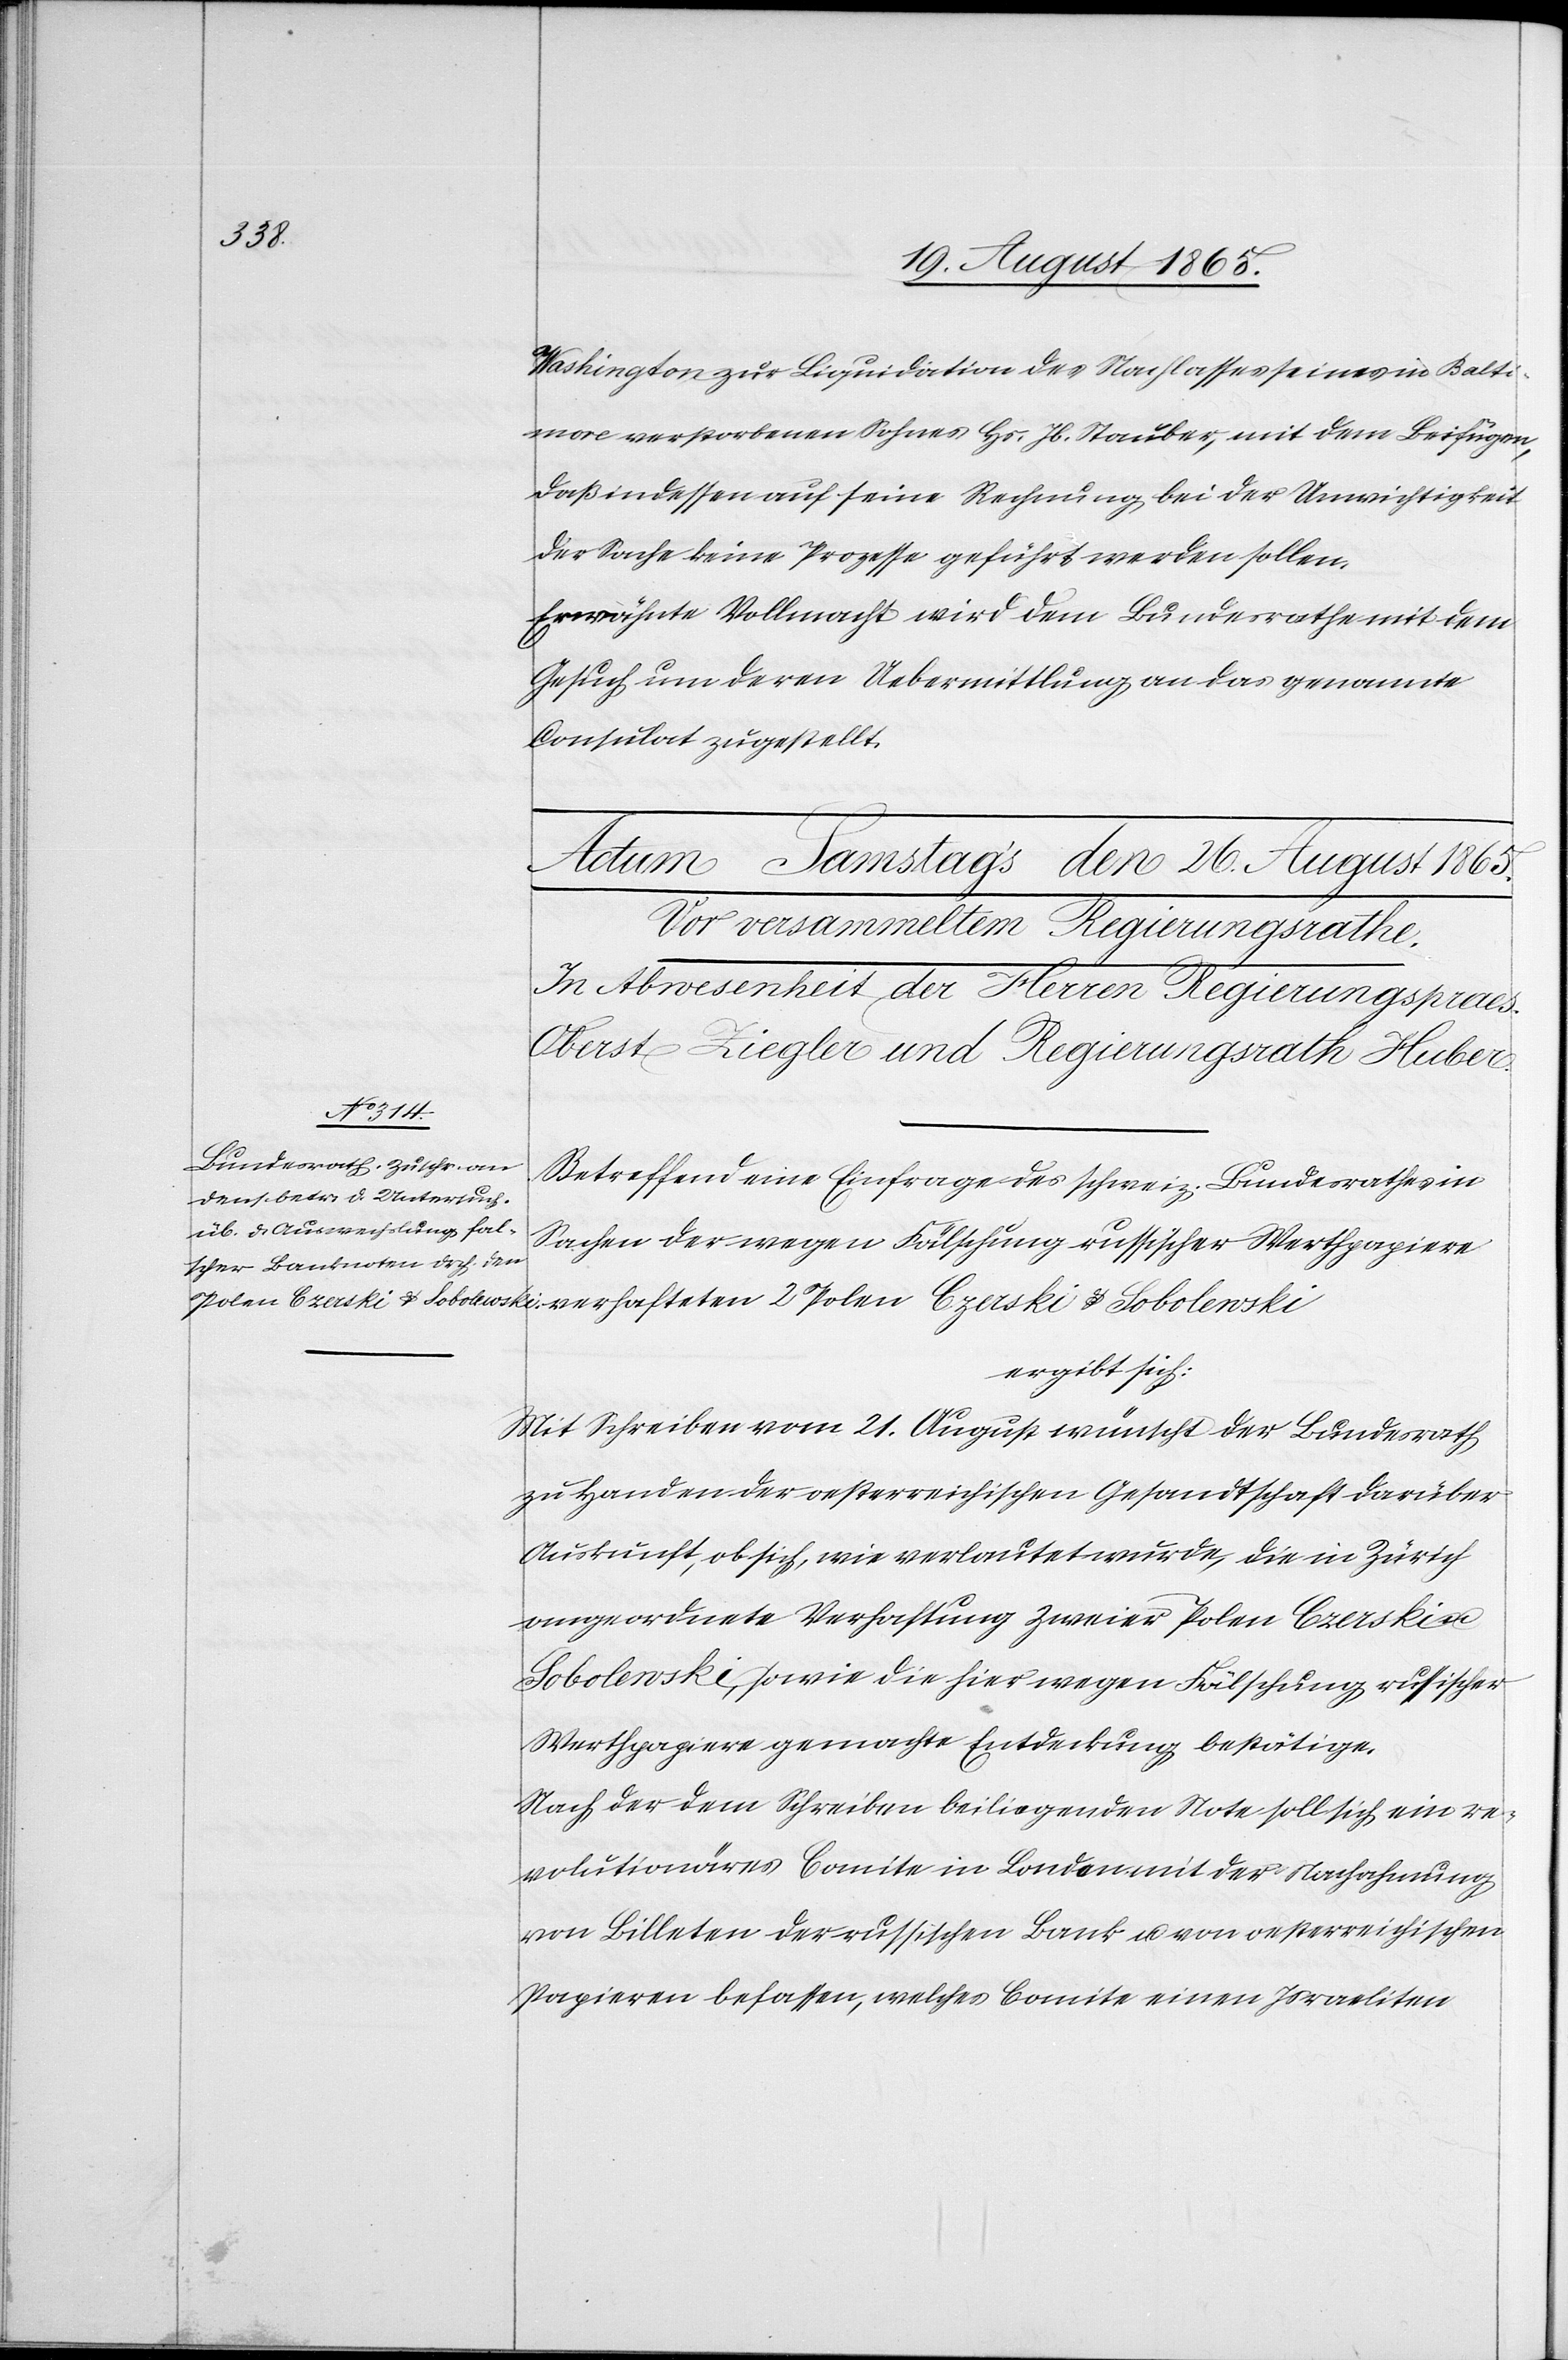
Washington zur Liquidation des Nachlasses seines in Balti¬
more verstorbenen Sohnes Hs. Jb. Stauber, mit dem Beifügen,
daß indessen auf seine Rechnung bei der Unwichtigkeit
der Sache keine Prozesse geführt werden sollen.
Erwähnte Vollmacht wird dem Bundesrathe mit dem
Gesuch um deren Uebermittlung an das genannte
Consulat zugestellt.
2 Polen
Betreffend eine Einfrage des schweiz. Bundesrathes in
Sachen der wegen Fälschung russischer Werthpapiere
ergibt sich:
Mit Schreiben vom 21. August wünscht der Bundesrath
zu Handen der oesterreichischen Gesandtschaft darüber
Auskunft, ob sich, wie verlautet wurde, die in Zürich
angeordnete Verhaftung zweier Polen Czerski
Sobolewski, sowie die hier wegen Fälschung russischer
Werthpapiere gemachte Entdeckung bestätige.
Nach der dem Schreiben beiliegenden Note soll sich ein re¬
volutionäres Comite in London mit der Nachahmung
von Billeten der russischen Bank u. von oesterreichischen
Papieren befassen, welches Comite einen Israeliten